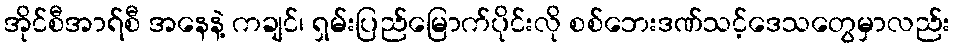
အိုင်စီအာရ်စီ အနေနဲ့ ကချင်၊ ရှမ်းပြည်မြောက်ပိုင်းလို စစ်ဘေးဒဏ်သင့်ဒေသတွေမှာလည်း